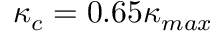
\kappa _ { c } = 0 . 6 5 \kappa _ { m a x }